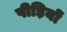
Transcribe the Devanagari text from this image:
पीड़ियों